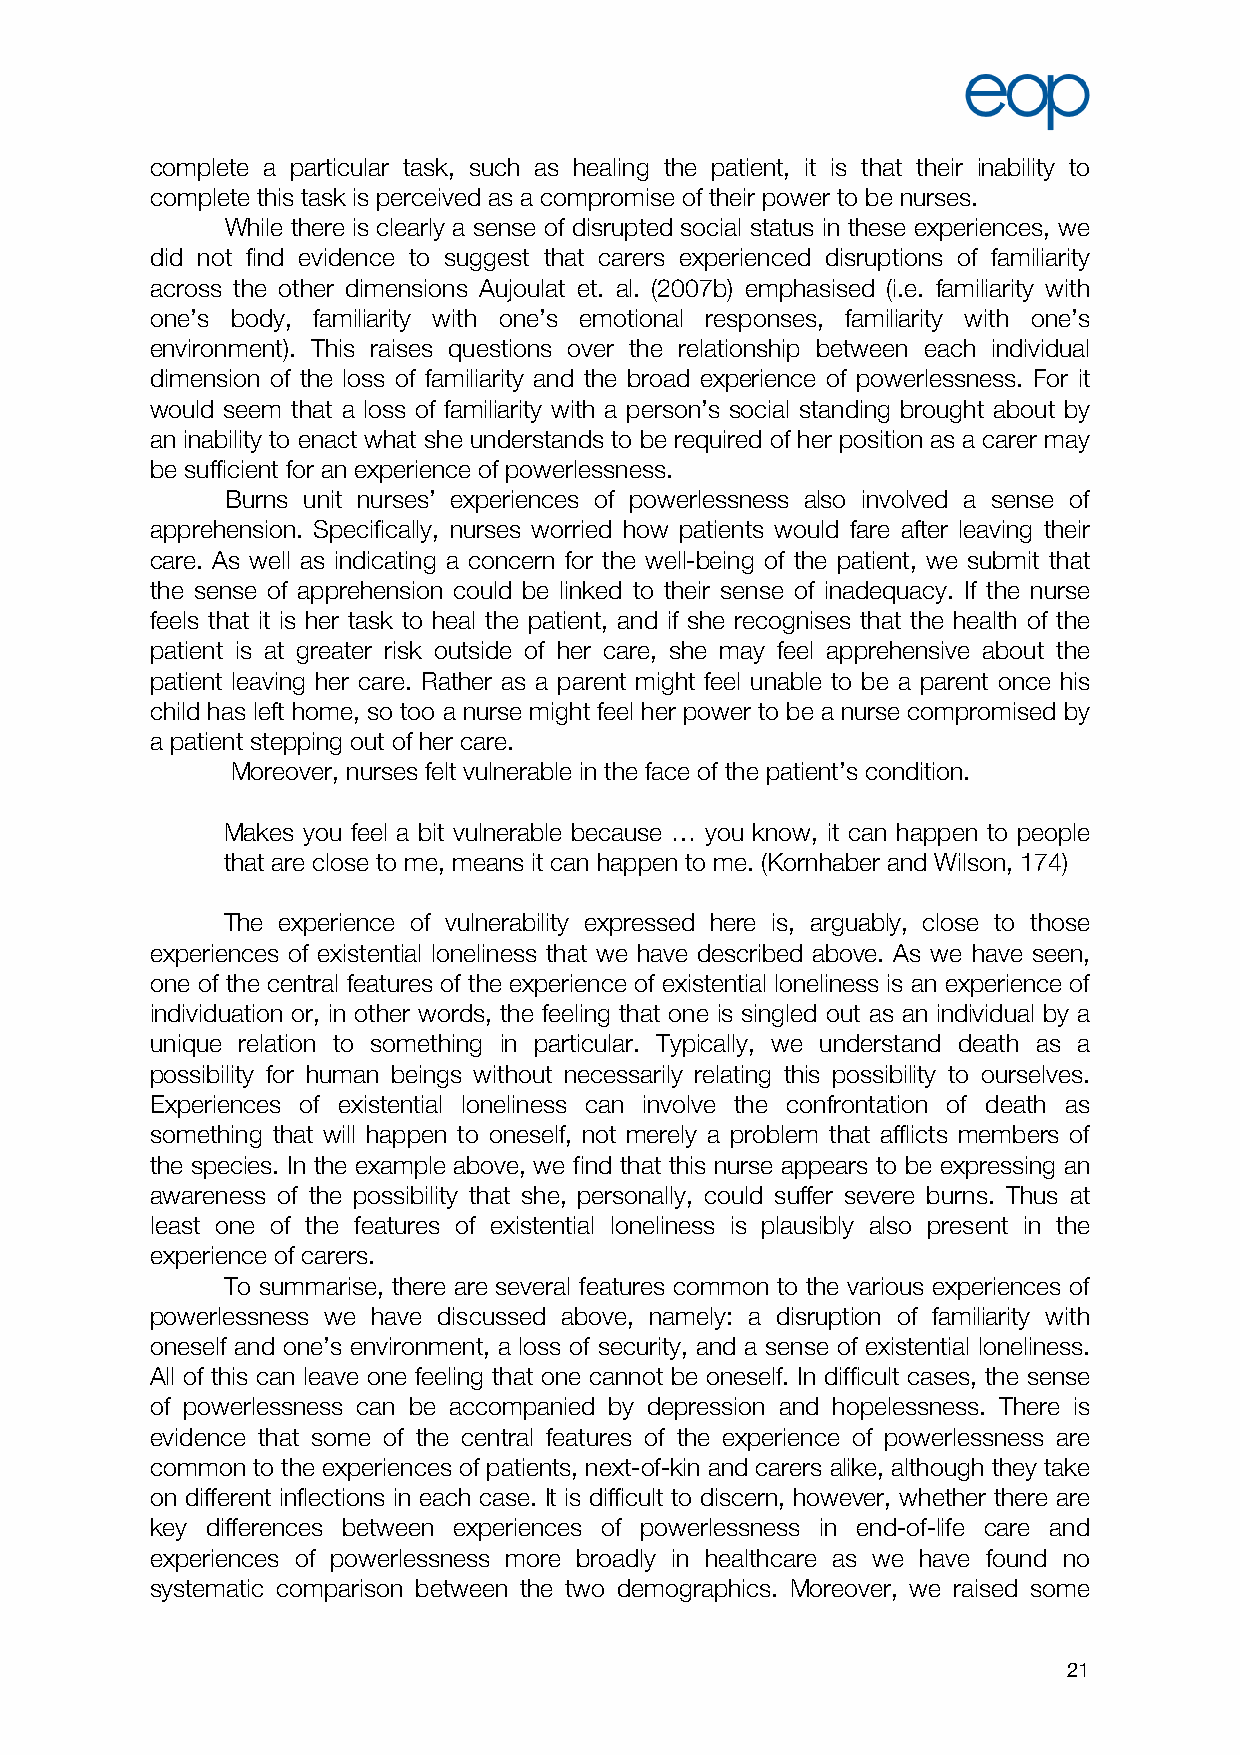
complete a particular task, such as healing the patient, it is that their inability to
 complete this task is perceived as a compromise of their power to be nurses.
 While there is clearly a sense of disrupted social status in these experiences, we
 did not find evidence to suggest that carers experienced disruptions of familiarity
 across the other dimensions Aujoulat et. al. (2007b) emphasised (i.e. familiarity with
 one’s body, familiarity with one’s emotional responses, familiarity with one’s
 environment). This raises questions over the relationship between each individual
 dimension of the loss of familiarity and the broad experience of powerlessness. For it
 would seem that a loss of familiarity with a person’s social standing brought about by
 an inability to enact what she understands to be required of her position as a carer may
 be sufficient for an experience of powerlessness.
 Burns unit nurses’ experiences of powerlessness also involved a sense of
 apprehension. Specifically, nurses worried how patients would fare after leaving their
 care. As well as indicating a concern for the well-being of the patient, we submit that
 the sense of apprehension could be linked to their sense of inadequacy. If the nurse
 feels that it is her task to heal the patient, and if she recognises that the health of the
 patient is at greater risk outside of her care, she may feel apprehensive about the
 patient leaving her care. Rather as a parent might feel unable to be a parent once his
 child has left home, so too a nurse might feel her power to be a nurse compromised by
 a patient stepping out of her care.
 Moreover, nurses felt vulnerable in the face of the patient’s condition.
 Makes you feel a bit vulnerable because … you know, it can happen to people
 that are close to me, means it can happen to me. (Kornhaber and Wilson, 174)
 The experience of vulnerability expressed here is, arguably, close to those
 experiences of existential loneliness that we have described above. As we have seen,
 one of the central features of the experience of existential loneliness is an experience of
 individuation or, in other words, the feeling that one is singled out as an individual by a
 unique relation to something in particular. Typically, we understand death as a
 possibility for human beings without necessarily relating this possibility to ourselves.
 Experiences of existential loneliness can involve the confrontation of death as
 something that will happen to oneself, not merely a problem that afflicts members of
 the species. In the example above, we find that this nurse appears to be expressing an
 awareness of the possibility that she, personally, could suffer severe burns. Thus at
 least one of the features of existential loneliness is plausibly also present in the
 experience of carers.
 To summarise, there are several features common to the various experiences of
 powerlessness we have discussed above, namely: a disruption of familiarity with
 oneself and one’s environment, a loss of security, and a sense of existential loneliness.
 All of this can leave one feeling that one cannot be oneself. In difficult cases, the sense
 of powerlessness can be accompanied by depression and hopelessness. There is
 evidence that some of the central features of the experience of powerlessness are
 common to the experiences of patients, next-of-kin and carers alike, although they take
 on different inflections in each case. It is difficult to discern, however, whether there are
 key differences between experiences of powerlessness in end-of-life care and
 experiences of powerlessness more broadly in healthcare as we have found no
 systematic comparison between the two demographics. Moreover, we raised some
 21